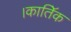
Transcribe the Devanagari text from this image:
।कातिॅक